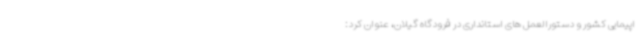
اپیمایی کشور و دستورالعمل های استانداری در فرودگاه گیلان، عنوان کرد: